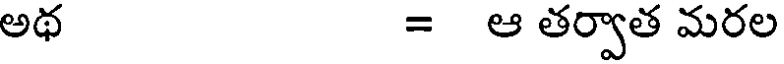
అథ = ఆ తర్వాత మరల